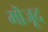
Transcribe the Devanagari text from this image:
मॊजूद